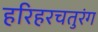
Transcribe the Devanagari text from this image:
हरिहरचतुरंग